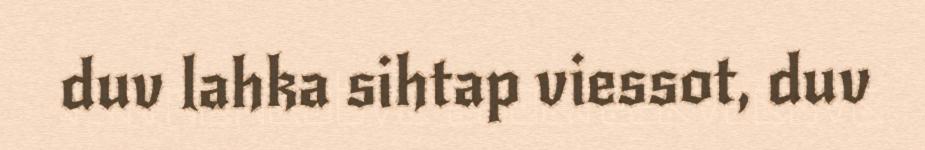
duv lahka sihtap viessot, duv